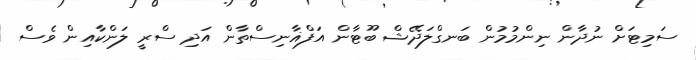
ސަމިޓަށް ނުދާން ނިންމުމުން ބަނގްލަދޭޝް ބޫޓާން އަފްޣާނިސްތާން އަދި ސްރީ ލަންކާއިން ވެސް